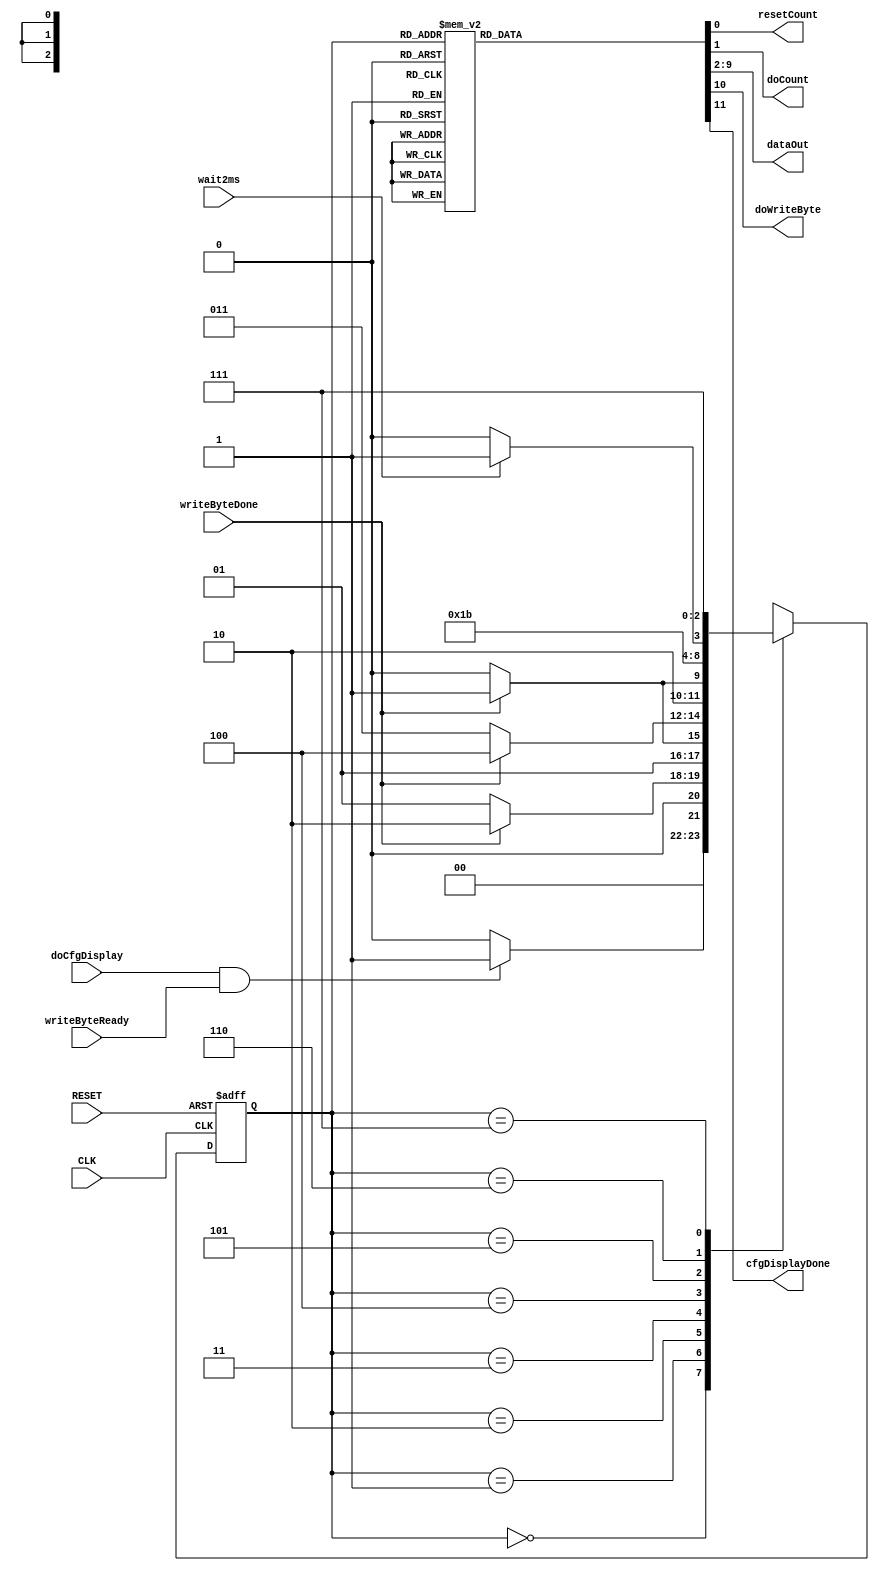
`timescale 1ns / 1ps
//////////////////////////////////////////////////////////////////////////////////
// Company: 
// Engineer: 
// 
// Design Name: 
// Module Name:    lcd_cfg_display 
// Project Name: 
// Target Devices: 
// Tool versions: 
// Description: 
//
// Dependencies: 
//
// Revision: 
// Revision 0.01 - File Created
// Additional Comments: 
//
//////////////////////////////////////////////////////////////////////////////////
module lcd_cfg_display(CLK,
                       RESET,
                       writeByteDone,
                       writeByteReady,
                       wait2ms,
                       doCfgDisplay,
                       resetCount,
                       doCount,
                       dataOut,
                       doWriteByte,
                       cfgDisplayDone
                       );

   input CLK;
   input RESET;
   input writeByteDone;
   input writeByteReady;
   input wait2ms;
   input doCfgDisplay;

   output       resetCount;
   output       doCount;
   output [7:0] dataOut;
   output       doWriteByte;
   output       cfgDisplayDone;

   reg          resetCount;
   reg          doCount;
   reg [7:0]    dataOut;
   reg          doWriteByte;
   reg          cfgDisplayDone;

   // state flip-flops
   reg [2:0]     current_state;
   reg [2:0]     next_state;

   // state definitions
   parameter     READY = 0;
   parameter     FUNCTION_SET = 1;
   parameter     ENTRY_SET = 2;
   parameter     SET_DISPLAY = 3;
   parameter     CLEAR_DISPLAY = 4;
   parameter     TWO_MS_START = 5;
   parameter     TWO_MS_WAIT = 6;
   parameter     DONE = 7;

   // update current state
   always @ (posedge CLK, posedge RESET)
     begin
        if (RESET)
          current_state = READY;
        else
          current_state = next_state;
     end

   // Output signals
   always @ (current_state)
     begin
        cfgDisplayDone = 0;
	dataOut = 8'h00;
	doWriteByte = 0;
	resetCount = 0;
	doCount = 0;
	
        case (current_state)

          READY:
            begin
            end
          
          FUNCTION_SET:
            begin
               dataOut = 8'h28;
               doWriteByte = 1;
            end
          
          ENTRY_SET:
            begin
               dataOut = 8'h06;
               doWriteByte = 1;
            end
          
          SET_DISPLAY:
            begin
               dataOut = 8'h0c;
               doWriteByte = 1;
            end
          
          CLEAR_DISPLAY:
            begin
               dataOut = 8'h01;
               doWriteByte = 1;
            end
          
          TWO_MS_START:
            begin
               resetCount = 1;
               doCount = 1;
            end
          
          TWO_MS_WAIT:
            begin
               doCount = 1;
            end
          
          DONE:
            begin
               cfgDisplayDone = 1;
            end

	  default:
	    begin
	    end

        endcase
     end

   // Next state
   always @ (current_state, doCfgDisplay, writeByteReady, writeByteDone, wait2ms)
     begin
        case (current_state)

          READY:
            begin
               if (doCfgDisplay & writeByteReady)
                 next_state = FUNCTION_SET;
               else
                 next_state = READY;
            end
          
          FUNCTION_SET:
            begin
               if (writeByteDone)
                 next_state = ENTRY_SET;
               else
                 next_state = FUNCTION_SET;
            end
          
          ENTRY_SET:
            begin
               if (writeByteDone)
                 next_state = SET_DISPLAY;
               else
                 next_state = ENTRY_SET;
            end
          
          SET_DISPLAY:
            begin
               if (writeByteDone)
                 next_state = CLEAR_DISPLAY;
               else
                 next_state = SET_DISPLAY;
            end
          
          CLEAR_DISPLAY:
            begin
               if (writeByteDone)
                 next_state = TWO_MS_START;
               else
                 next_state = CLEAR_DISPLAY;
            end
          
          TWO_MS_START:
            begin
               next_state = TWO_MS_WAIT;
            end
          
          TWO_MS_WAIT:
            begin
               if (wait2ms)
                 next_state = DONE;
               else
                 next_state = TWO_MS_WAIT;
            end
          
          DONE:
            begin
               next_state = DONE;
            end

	  default:
	    begin
               next_state = READY;
	    end

        endcase
     end
endmodule